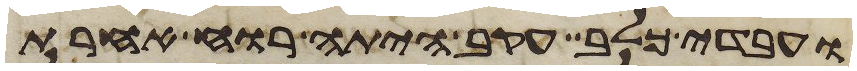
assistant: ועבדי כלב עקב היתה רוח אחרת